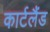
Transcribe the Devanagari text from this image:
कार्टलैंड